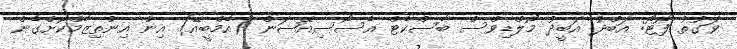
ވަގުތު ފޮޓޯ: އަބްދު އަބީދު މޯލްޑިވްސް ބާސްކެޓް އެސޯސިއޭޝަން (އެމްބީއޭ) އިން އިންތިޒާމްކޮށްގެން